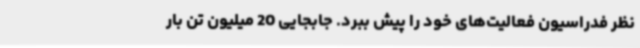
نظر فدراسیون فعالیت‌های خود را ‌پیش ببرد. جابجایی 20 میلیون تن بار